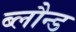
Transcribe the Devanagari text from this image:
ब्लौन्ड